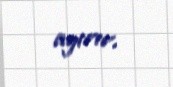
ayırır.